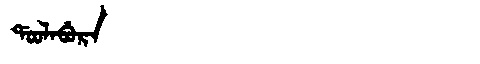
Manchu: ᡩᠣᠣᠯᠠᠪᡠᡵᠠ
Romanization: DOOLABURA